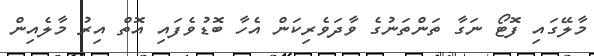
މާލޭގައި ފޮޓޯ ނަގާ ތަންތަނުގެ ވާދަވެރިކަން އެހާ ބޮޑުވެފައި އޮޮތް އިރު މާލެއިން